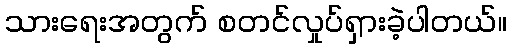
သားရေးအတွက် စတင်လှုပ်ရှားခဲ့ပါတယ်။